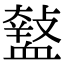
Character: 𧗑